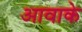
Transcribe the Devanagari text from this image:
आवाके